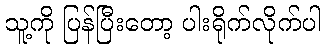
သူ့ကို ပြန်ပြီးတော့ ပါးရိုက်လိုက်ပါ